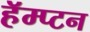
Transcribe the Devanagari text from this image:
हॅम्प्टन